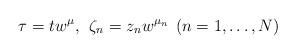
LaTeX: \begin{align*}\tau = t w^\mu, \;\, \zeta_n = z_n w^{\mu_n} \;\,(n = 1, \ldots, N)\end{align*}